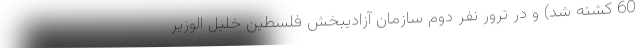
60 کشته شد) و در ترور نفر دوم سازمان آزادیبخش فلسطین خلیل الوزیر